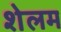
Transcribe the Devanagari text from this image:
शेलम